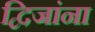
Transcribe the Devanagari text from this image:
द्विजांना